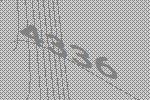
4336